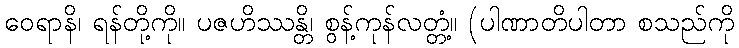
ဝေရာနိ၊ ရန်တို့ကို။ ပဇဟိဿန္တိ၊ စွန့်ကုန်လတ္တံ့။ (ပါဏာတိပါတာ စသည်ကို